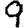
Digit: 9